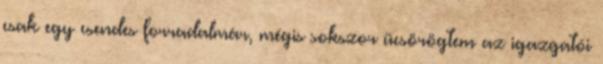
csak egy csendes forradalmár, mégis sokszor ücsörögtem az igazgatói